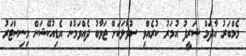
މެމްބަރު އާދަމް ޝަރީފު އުމަރު ކުރެއްވި ސުވާލަކަށް ޖަވާބު ދެއްވަމުން އެޑިއުކޭޝަން މިނިސްޓަރު